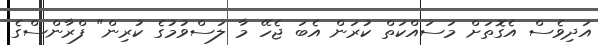
އަދިވެސް އެގޮތަށް މަސައްކަތް ކުރަން އެބަ ޖެހޭ މާ ލަސްވުމުގެ ކުރިން" ފްރާންސްގެ